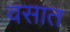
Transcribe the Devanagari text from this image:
वसात